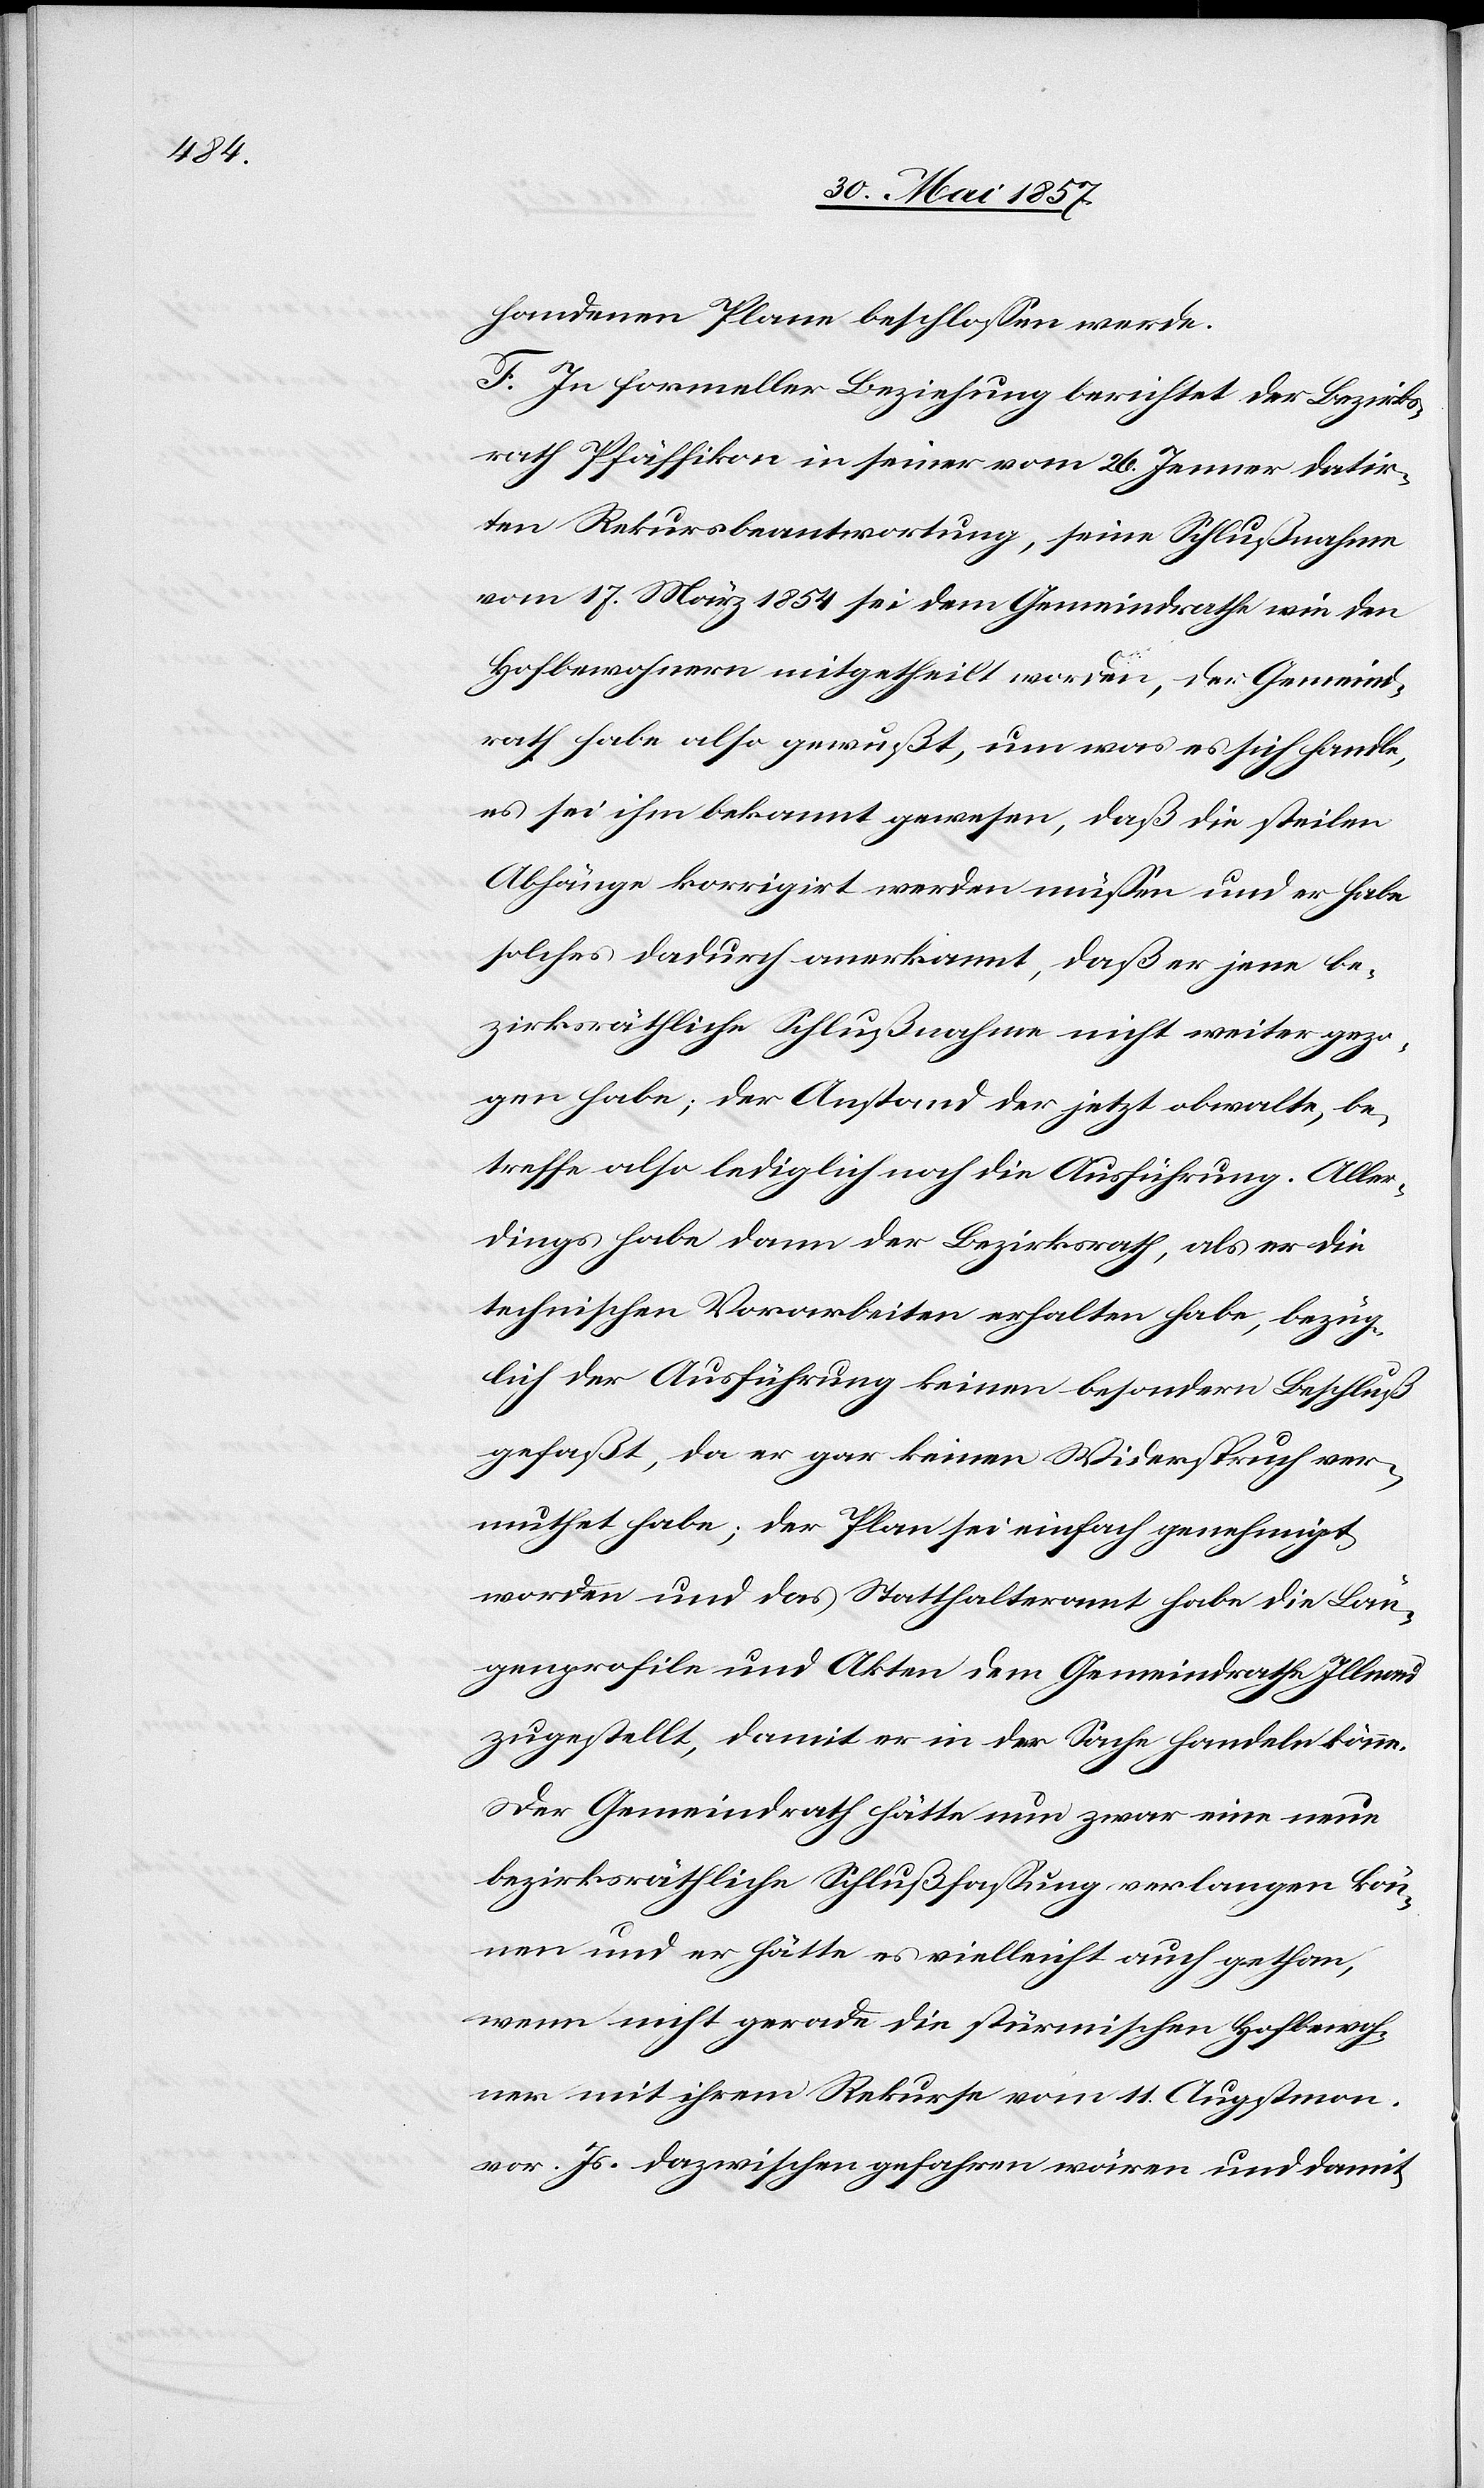
handenen Plane beschlossen werde.
F. In formeller Beziehung berichtet der Bezirks¬
rath Pfäffikon in seiner vom 26 Jenner datir¬
ten Rekursbeantwortung, seine Schlußnahme
vom 17 März 1854 sei dem Gemeindrathe wie den
Hofbewohnern mitgetheilt worden, der Gemeind¬
rath habe also gewußt, um was es sich handle,
es sei ihm bekannt gewesen, daß die steilen
Abhänge korrigirt werden müssen und er habe
solches dadurch anerkannt, daß er jene be¬
zirksräthliche Schlußnahme nicht weiter gezo¬
gen habe; der Anstand der jetzt obwalte, be¬
treffe also lediglich noch die Ausführung. Aller¬
dings habe dann der Bezirksrath, als er die
technischen Vorarbeiten erhalten habe, bezüg¬
lich der Ausführung keinen besondern Beschluß
gefaßt, da er gar keinen Widerspruch ver¬
muthet habe; der Plan sei einfach genehmigt
worden und das Statthalteramt habe die Län¬
genprofile und Akten dem Gemeindrathe Illnau
zugestellt, damit er in der Sache handeln könne.
Der Gemeindrath hätte nun zwar eine neue
bezirksräthliche Schlußfassung verlangen kön¬
nen und er hätte es vielleicht auch gethan,
wenn nicht gerade die stürmischen Hofbewoh¬
ner mit ihrem Rekurse vom 11 Augstmon.
vor. Js. dazwischen gefahren wären und damit